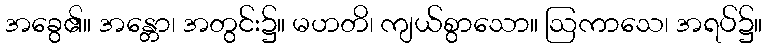
အခွေ၏။ အန္တော၊ အတွင်း၌။ မဟတိ၊ ကျယ်စွာသော။ ဩကာသေ၊ အရပ်၌။